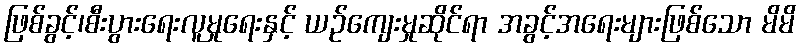
ဖြစ်ခွင့်၊စီးပွားရေးလူမှုရေးနှင့် ယဉ်ကျေးမှုဆိုင်ရာ အခွင့်အရေးများဖြစ်သော မိမိ